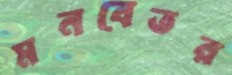
মনবেতর